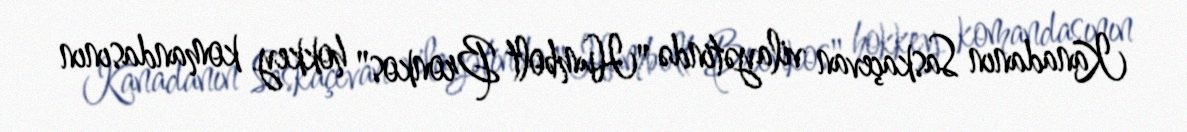
Kanadanın Saskaçevan vilayətində "Humbolt Bronkos" hokkey komandasının